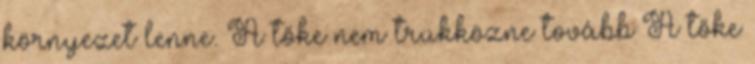
környezet lenne. A tőke nem trükközne tovább A tőke